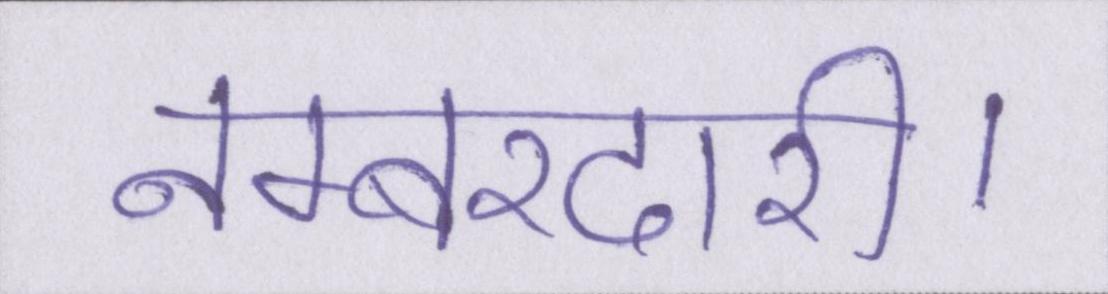
नम्बरदारी।